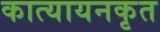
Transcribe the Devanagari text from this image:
कात्यायनकृत